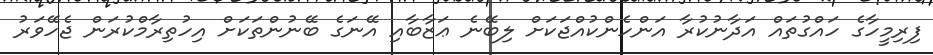
ފިރިމީހާގެ ހައްގުތައް އަދާނުކުރާ އަންހެންކުއްޖަކަށް ލިބޭނެ ޢަޒާބާއި އޭނަގެ ބޭނުންތަކަށް އިހުތިރާމްކުރަން ޖެހޭވަރު